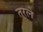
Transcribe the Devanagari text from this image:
तरले